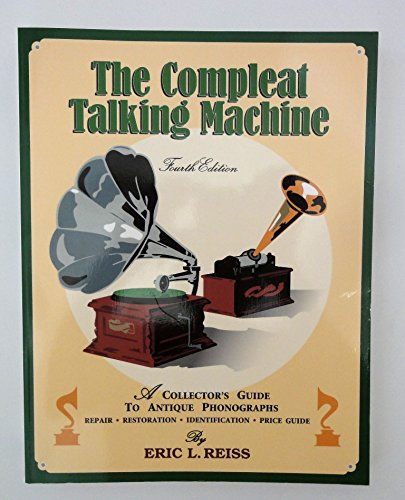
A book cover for The Compleat Talking Machine: A Collector's Guide to Antique Phonographs; Eric L. Reiss; Crafts, Hobbies & Home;